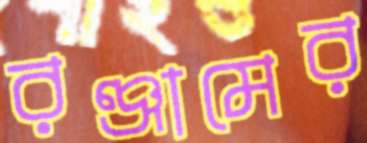
রঞ্জামের